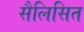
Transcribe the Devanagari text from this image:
सैलिसित